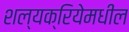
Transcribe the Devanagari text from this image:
शल्यक्रियेमधील